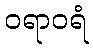
ဝရာဝရံ